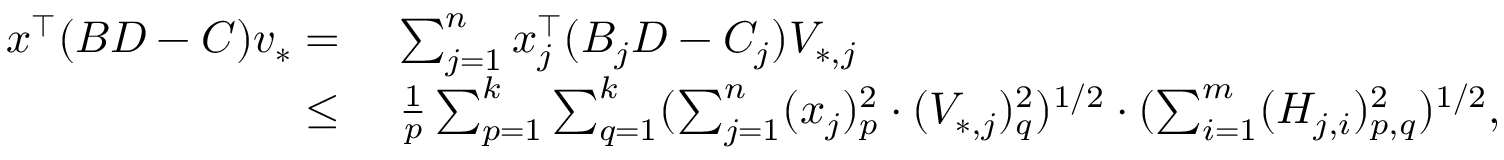
\begin{array} { r l } { x ^ { \top } ( B D - C ) v _ { * } = } & { ~ \sum _ { j = 1 } ^ { n } x _ { j } ^ { \top } ( B _ { j } D - C _ { j } ) V _ { * , j } } \\ { \leq } & { ~ \frac { 1 } { p } \sum _ { p = 1 } ^ { k } \sum _ { q = 1 } ^ { k } ( \sum _ { j = 1 } ^ { n } ( x _ { j } ) _ { p } ^ { 2 } \cdot ( V _ { * , j } ) _ { q } ^ { 2 } ) ^ { 1 / 2 } \cdot ( \sum _ { i = 1 } ^ { m } ( H _ { j , i } ) _ { p , q } ^ { 2 } ) ^ { 1 / 2 } , } \end{array}